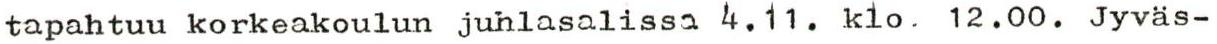
tapahtuu korkeakoulun juhlasalissa 4.11. klo. 12.00. Jyväs-